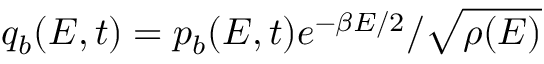
q _ { b } ( E , t ) = p _ { b } ( E , t ) e ^ { - \beta E / 2 } / \sqrt { \rho ( E ) }